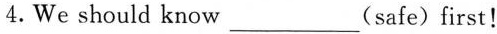
4. We should know ___ (safe) first!